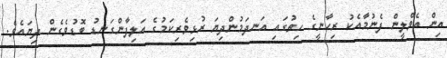
އިން އެވްލީން ފެނުމާއެކު ރިހާނީގެ ހިތުގައި އަނދަމުންދިޔަ ރުޅިވެރިކަމުގެ އަލިފާންގަނޑު ބޮޑުވެގެން ދިޔައެވެ.